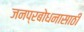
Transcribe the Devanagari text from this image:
जनप्रबोधनासाठी